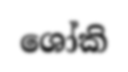
ශෝකි